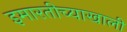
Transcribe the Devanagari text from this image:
इमारतीच्याखाली